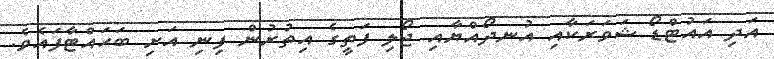
އަދި އައުޓްޑޯ ޝަވަރަކާއި އުނދޯއްޔާއި ޖޯލި ފަތީގެ އިތުރުން ފިނި އަށި ބަހައްޓާފައެވެ.